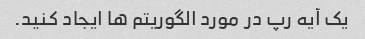
یک آیه رپ در مورد الگوریتم ها ایجاد کنید.